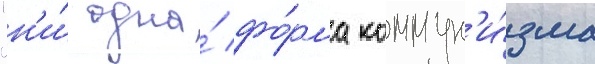
"н'и́ одна́ фо́рма коммун'и́зма